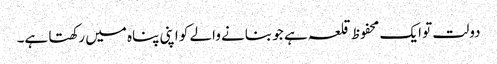
دولت تو ایک محفوظ قلعہ ہے جو بنانے والے کو اپنی پناہ میں رکھتا ہے۔